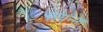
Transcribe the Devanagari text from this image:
संपन्ना